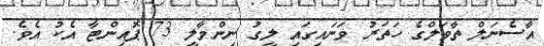
އާސެނަލް ތާވަލްގެ ހަތަރު ވަނައިގައި ލީގު ނިންމާލީ 73 ޕޮއިންޓާ އެކު އެވެ.